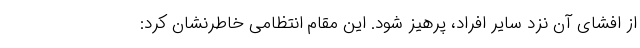
از افشای آن نزد سایر افراد، پرهیز شود. این مقام انتظامی خاطرنشان کرد: